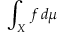
\int _ { X } f \, d \mu